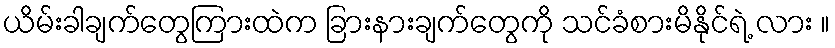
ယိမ်းခါချက်တွေကြားထဲက ခြားနားချက်တွေကို သင်ခံစားမိနိုင်ရဲ့ လား ။